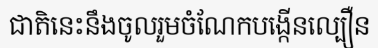
ជាតិនេះនឹងចូលរួមចំណែកបង្កើនល្បឿន